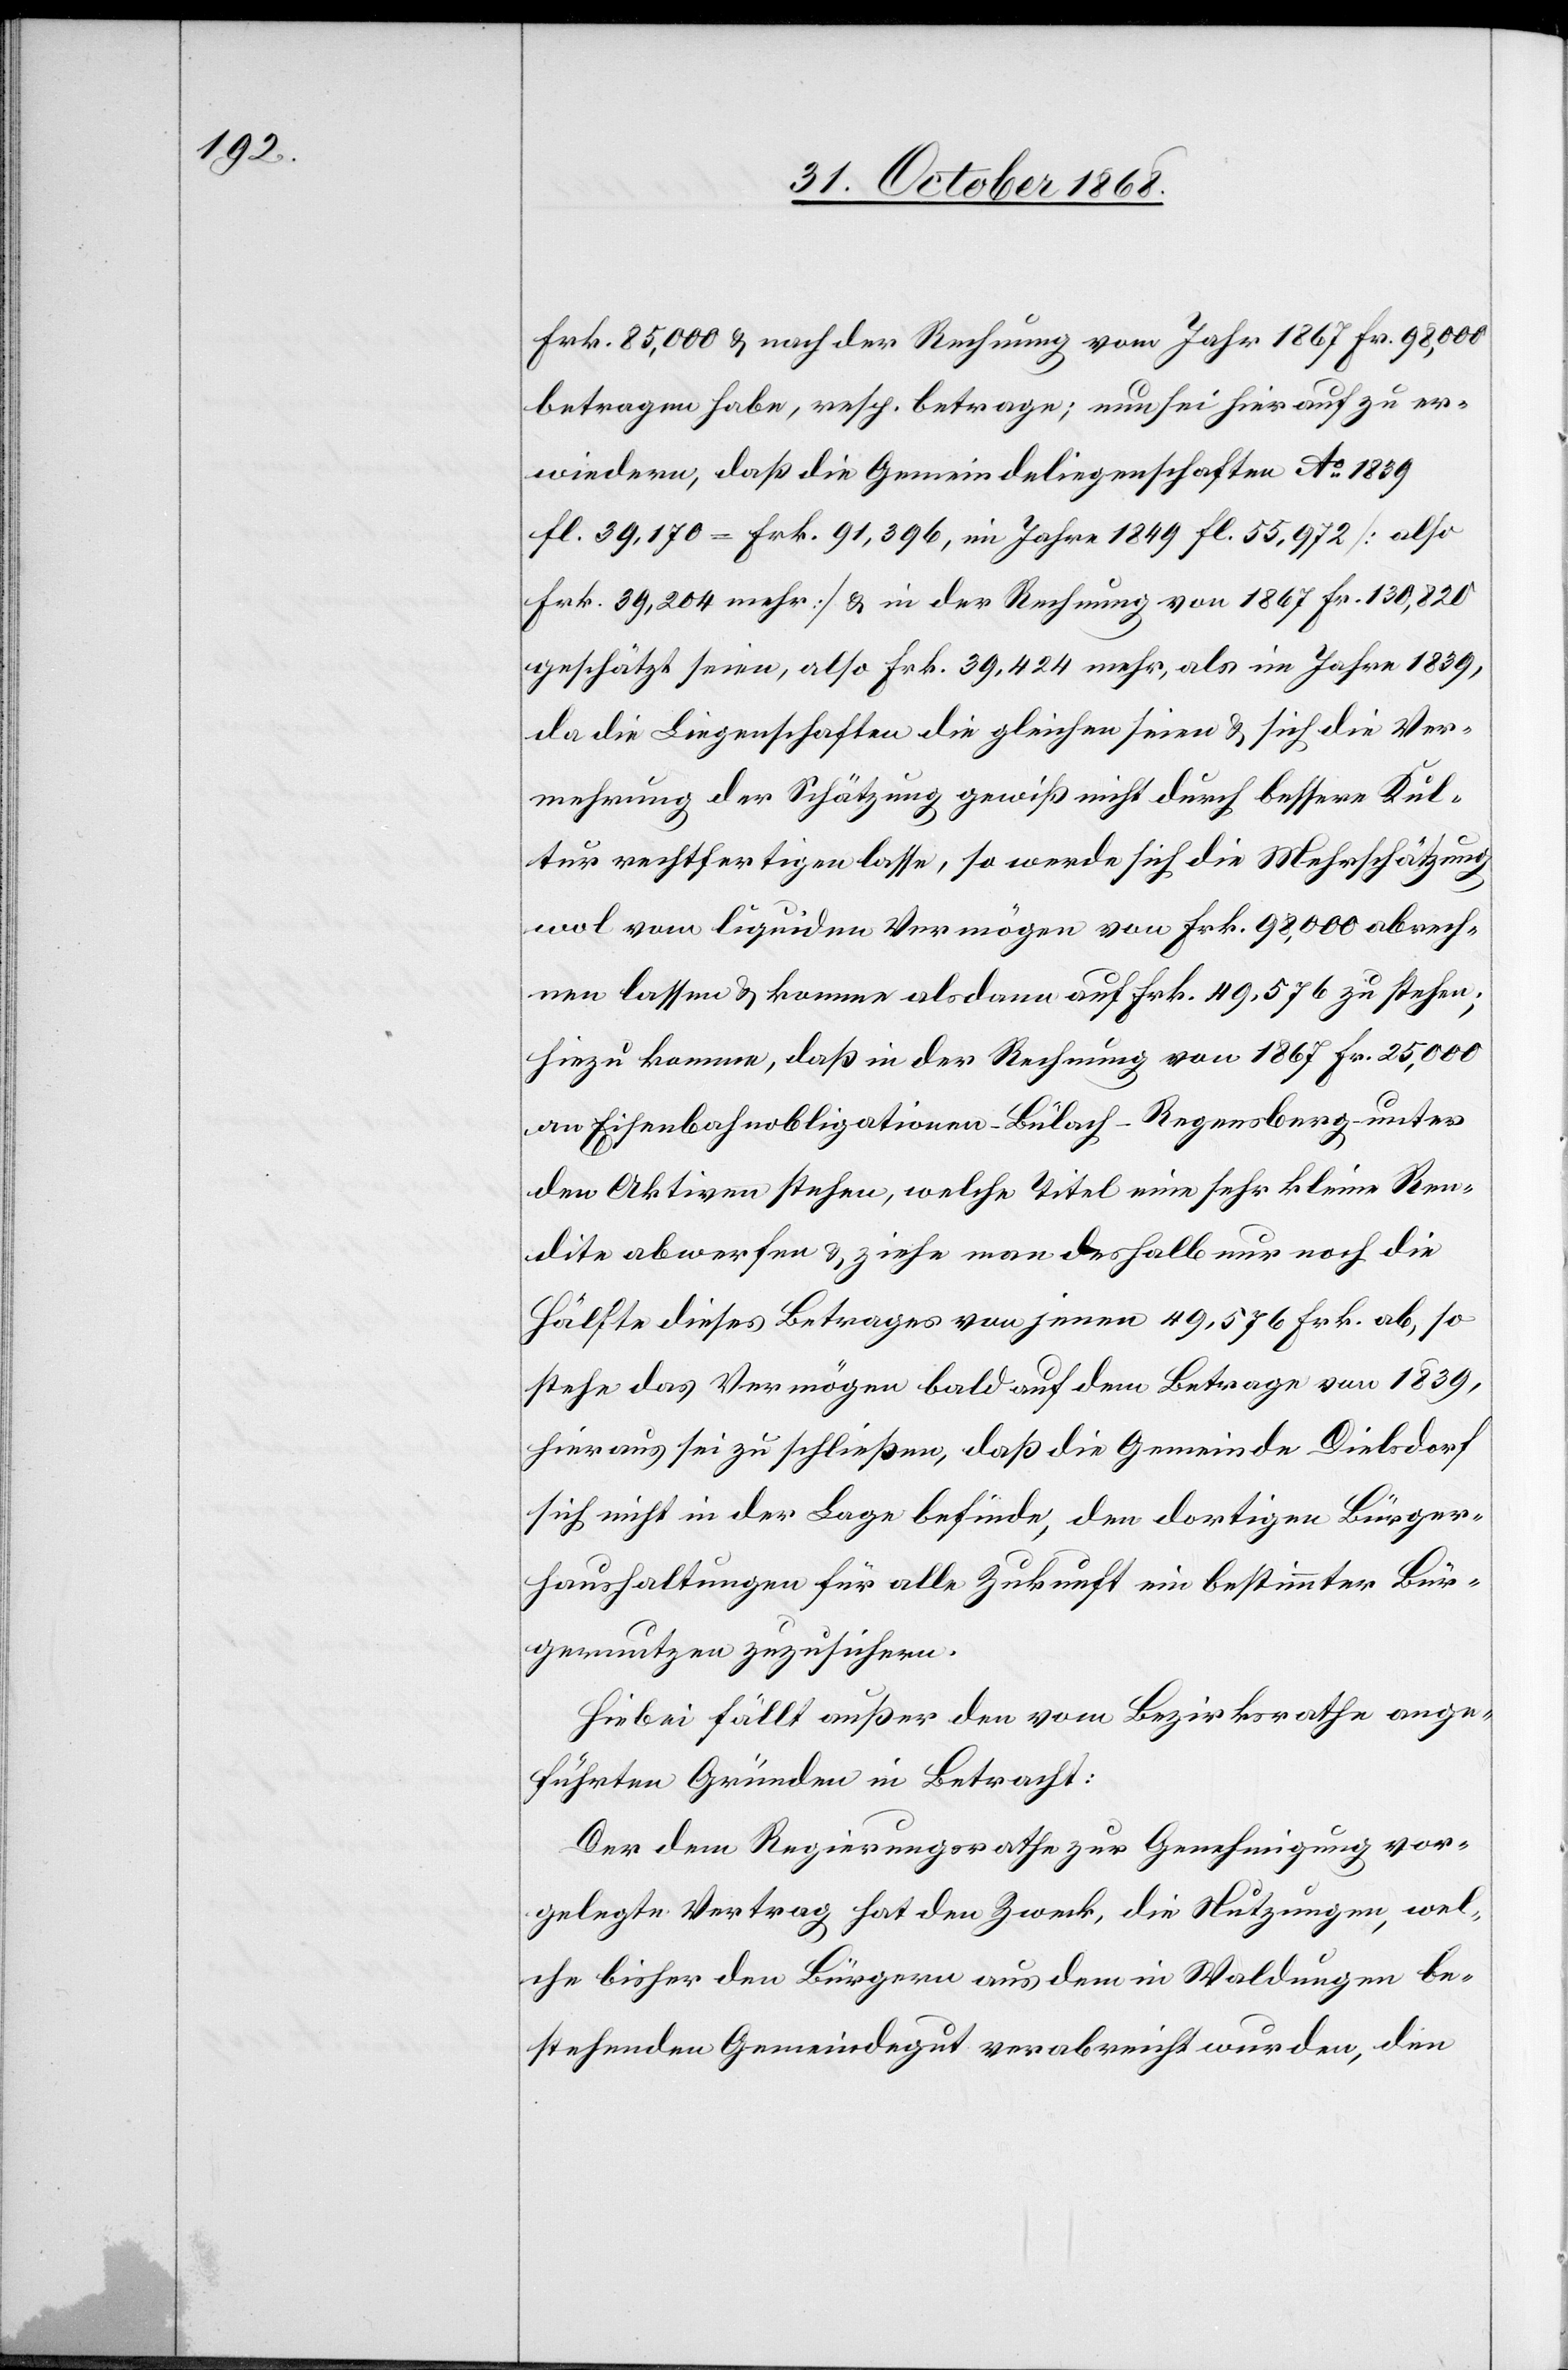
Frk. 85,000 & nach der Rechnung vom Jahr 1867 Fr. 98,000
betragen habe, resp. betrage; nun sei hierauf zu er¬
wiedern, daß die Gemeindeliegenschaften Ao 1839
fl. 39,170 = Frk. 91,396, im Jahre 1849 fl. 55,972 [also
Frk. 39,204 mehr] & in der Rechnung von 1867 Fr. 130,820
geschätzt seien, also Frk. 39,424 mehr, als im Jahre 1839,
da die Liegenschaften die gleichen seien & sich die Ver¬
mehrung der Schätzung gewiß nicht durch bessere Kul¬
tur rechtfertigen lasse, so werde sich die Mehrschätzung
wol vom liquiden Vermögen von Frk. 98,000 abrech¬
nen lassen & komme alsdann auf Frk. 49,576 zu stehen;
hiezu komme, daß in der Rechnung von 1867 Fr. 25,000
an Eisenbahnobligationen Bülach–Regensberg unter
den Aktiven stehen, welche Titel eine sehr kleine Ren¬
dite abwerfen & ziehe man deshalb nur noch die
Hälfte dieses Betrages von jenen 49,576 Frk. ab, so
stehe das Vermögen bald auf dem Betrage von 1839,
hieraus sei zu schließen, daß die Gemeinde Dielsdorf
sich nicht in der Lage befinde, den dortigen Bürger¬
haushaltungen für alle Zukunft ein bestimmter Bür¬
gernutzen zuzusichern.
Hiebei fällt außer den vom Bezirksrathe ange¬
führten Gründen in Betracht:
Der dem Regierungsrathe zur Genehmigung vor¬
gelegte Vertrag hat den Zweck, die [recte: den] Nutzungen, wel¬
che bisher den Bürgern aus dem in Waldungen be¬
stehenden Gemeindegut verabreicht wurden, den